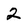
Character: 2